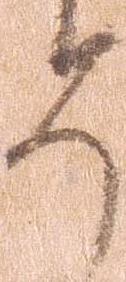
そ